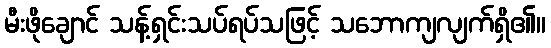
မီးဖိုချောင် သန့်ရှင်းသပ်ရပ်သဖြင့် သဘောကျလျက်ရှိ၏။